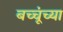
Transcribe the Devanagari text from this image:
बच्चूंच्या